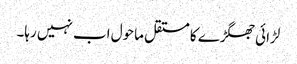
لڑائی جھگڑے کا مستقل ماحول اب نہیں رہا۔